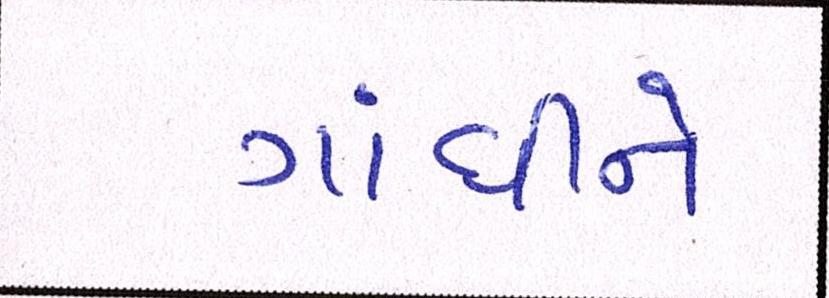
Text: ગાંધીને